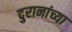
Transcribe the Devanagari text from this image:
दुरानांच्या